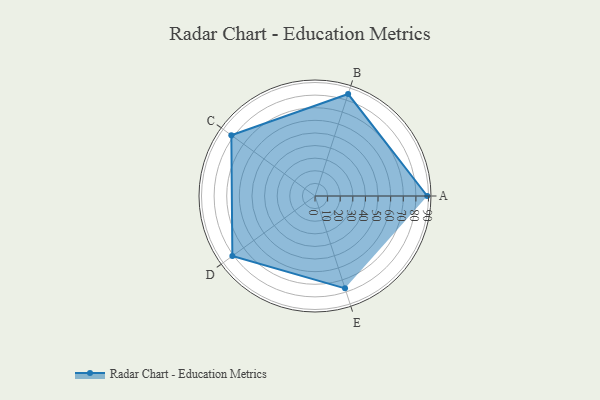
{"axis": {"x": "Skill", "y": "Score"}, "legend": ["Profile"], "data": [{"x": "A", "y": 89.0, "type": "Profile"}, {"x": "B", "y": 85.0, "type": "Profile"}, {"x": "C", "y": 82.0, "type": "Profile"}, {"x": "D", "y": 81.0, "type": "Profile"}, {"x": "E", "y": 77.0, "type": "Profile"}]}